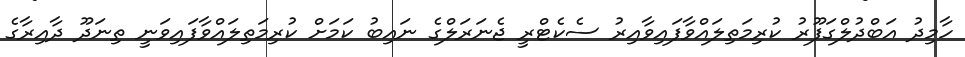
ހާމިދު އަބްދުލްގަފޫރު ކުރިމަތިލައްވާފައިވާއިރު ސެކެޓްރީ ޖެނަރަލްގެ ނައިބު ކަމަށް ކުރިމަތިލައްވާފައިވަނީ ތިނަދޫ ދާއިރާގެ